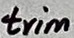
Text: trim